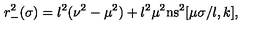
r _ { - } ^ { 2 } ( \sigma ) = l ^ { 2 } ( \nu ^ { 2 } - \mu ^ { 2 } ) + l ^ { 2 } \mu ^ { 2 } \mathrm { n s } ^ { 2 } [ \mu \sigma / l , k ] ,